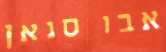
אבו סנאן